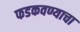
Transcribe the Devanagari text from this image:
फडकवण्याचा